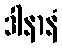
ဒါနာနံ